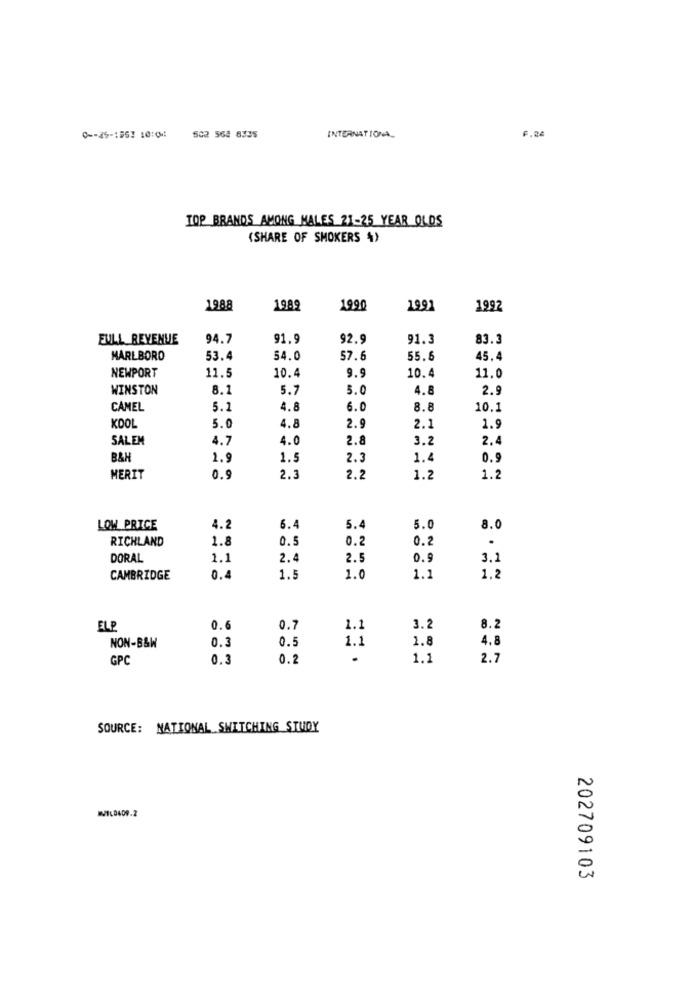
F.04
0 -- 29-1967 10:04
502 564 8335
INTERNATIONAL
TOP BRANDS AMONG MALES 21-25 YEAR OLDS
(SHARE OF SMOKERS %)
1988
1989
1990
1991
1992
FULL REVENUE
94.7
91.9
92.9
91.3
83.3
MARLBORO
53.4
54.0
57.6
55.6
45.4
NEWPORT
11.5
10.4
9.9
10.4
11.0
WINSTON
8.1
5.7
3.0
4.8
2.9
CAMEL
5.1
4.8
6.0
8.8
10.1
KDOL
5.0
4.8
2.9
2.1
1.9
SALEM
4.7
4.0
2.8
3.2
2.4
B&H
1.9
1.5
2.3
1.4
0.9
MERIT
0.9
2.3
2.2
1.2
1.2
LOW PRICE
4.2
6.4
5.4
5.0
8.0
RICHLAND
1.8
0.5
0.2
0.2
.
DORAL
1.1
2.
2.5
0.9
3.
CAMBRIDGE
0.4
1.5
1.0
1.1
1.2
ELP
0.6
0.7
1.1
3.2
8.2
0.3
0.5
1.1
1.8
4.8
NON-B&W
GPC
0.3
0.2
.
1.1
2.7
SOURCE: NATIONAL SWITCHING STUDY
WILD409.2
202709103